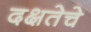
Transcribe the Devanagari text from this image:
दक्षतेचे